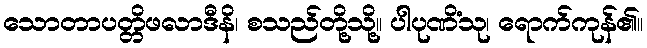
သောတာပတ္တိဖလာဒီနိ၊ စသည်တို့သို့။ ပါပုဏိံသု၊ ရောက်ကုန်၏။